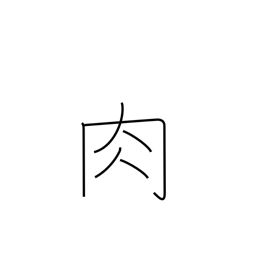
Meaning: meat